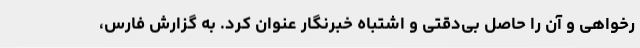
رخواهی و آن را حاصل بی‌دقتی و اشتباه خبرنگار عنوان کرد. به گزارش فارس،